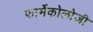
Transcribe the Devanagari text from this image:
फार्मेकोलोजी